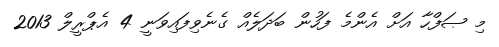
މި ޞަފްހާ އަށް އެންމެ ފަހުން ބަދަލެއް ގެނެވިފައިވަނީ 4 އެޕްރީލް 2013